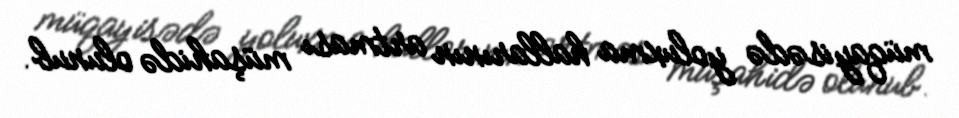
müqayisədə yoluxma hallarının artması müşahidə olunub.